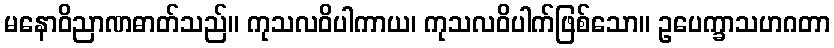
မနောဝိညာဏဓာတ်သည်။ ကုသလဝိပါကာယ၊ ကုသလဝိပါက်ဖြစ်သော။ ဥပေက္ခာသဟဂတာ